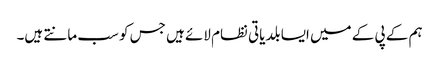
ہم کے پی کے میں ایسا بلدیاتی نظام لائے ہیں جس کو سب مانتے ہیں۔